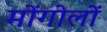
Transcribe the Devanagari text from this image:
मोंगोलों